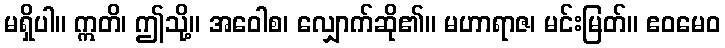
မရှိပါ။ ဣတိ၊ ဤသို့။ အဝေါစ၊ လျှောက်ဆို၏။ မဟာရာဇ၊ မင်းမြတ်။ ဧဝမေဝ